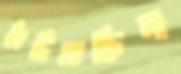
ছাঁটিয়াছিল